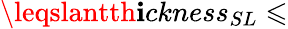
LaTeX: \leqslantth\mathbf{i}ckness_{SL}\leqslant